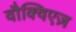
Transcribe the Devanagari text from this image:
वौक्विएज़